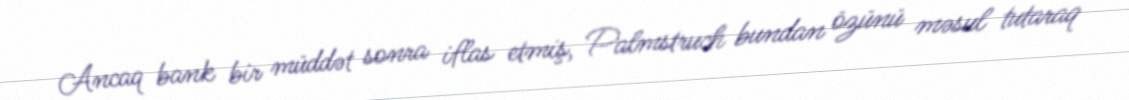
Ancaq bank bir müddət sonra iflas etmiş, Palmstruch bundan özünü məsul tutaraq